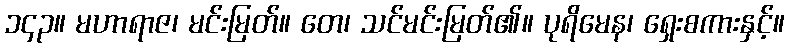
၁၄၃။ မဟာရာဇ၊ မင်းမြတ်။ တေ၊ သင်မင်းမြတ်၏။ ပုရိမေန၊ ရှေးစကားနှင့်။